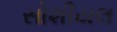
સોશીયલ